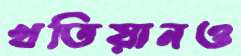
খতিয়ানও